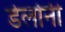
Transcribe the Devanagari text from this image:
डेलोनी